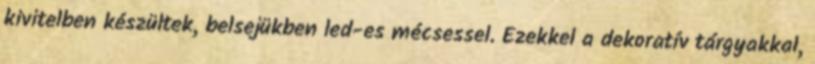
kivitelben készültek, belsejükben led-es mécsessel. Ezekkel a dekoratív tárgyakkal,